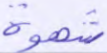
شهوة